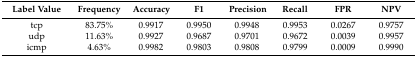
| Label Value | Frequency | Accuracy | F1 | Precision | Recall | FPR | NPV |
 | --- | --- | --- | --- | --- | --- | --- | --- |
 | tcp | 83.75% | 0.9917 | 0.9950 | 0.9948 | 0.9953 | 0.0267 | 0.9757 |
 | udp | 11.63% | 0.9927 | 0.9687 | 0.9701 | 0.9672 | 0.0039 | 0.9957 |
 | icmp | 4.63% | 0.9982 | 0.9803 | 0.9808 | 0.9799 | 0.0009 | 0.9990 |